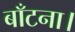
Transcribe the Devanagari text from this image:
बाँटना।